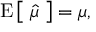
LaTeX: \operatorname { E } { \big [ } \; { \widehat { \mu } } \; { \big ] } = \mu ,